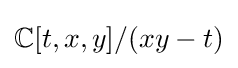
\mathbb {C} [t,x,y]/(xy-t)